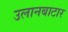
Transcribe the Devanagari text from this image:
उलानबाटार